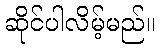
ဆိုင်ပါလိမ့်မည်။